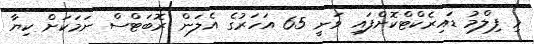
މި ފިލްމު ޑައިރެކްޓްކޮށްފައި ވަނީ 65 އަހަރުގެ އެލަން ރޮބަޓްސް ނަމަކަށް ކިޔާ